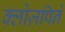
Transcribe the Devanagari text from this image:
क्लोज़पिने